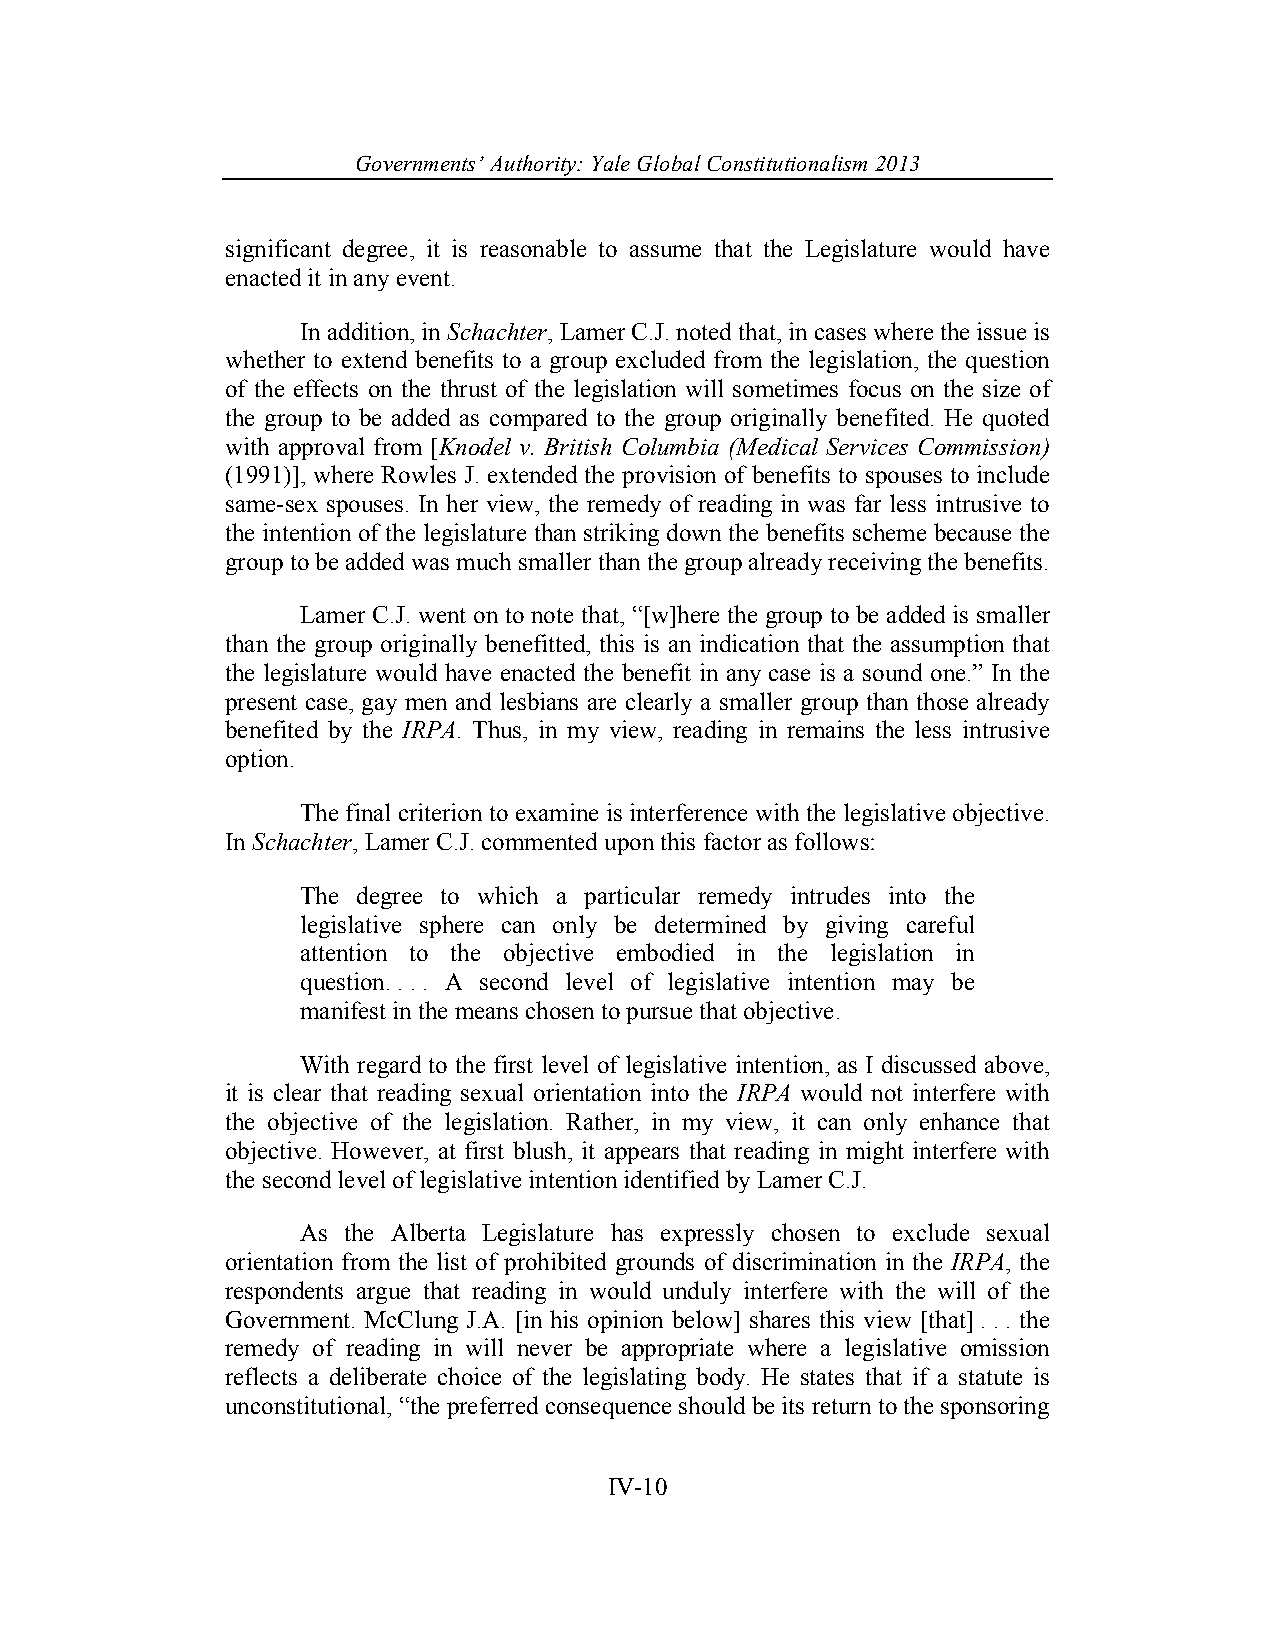
Governments’ Authority: Yale Global Constitutionalism 2013
 significant degree, it is reasonable to assume that the Legislature would have
 enacted it in any event.
 In addition, in Schachter, Lamer C.J. noted that, in cases where the issue is
 whether to extend benefits to a group excluded from the legislation, the question
 of the effects on the thrust of the legislation will sometimes focus on the size of
 the group to be added as compared to the group originally benefited. He quoted
 with approval from [Knodel v. British Columbia (Medical Services Commission)
 (1991)], where Rowles J. extended the provision of benefits to spouses to include
 same-sex spouses. In her view, the remedy of reading in was far less intrusive to
 the intention of the legislature than striking down the benefits scheme because the
 group to be added was much smaller than the group already receiving the benefits.
 Lamer C.J. went on to note that, “[w]here the group to be added is smaller
 than the group originally benefitted, this is an indication that the assumption that
 the legislature would have enacted the benefit in any case is a sound one.” In the
 present case, gay men and lesbians are clearly a smaller group than those already
 benefited by the IRPA. Thus, in my view, reading in remains the less intrusive
 option.
 The final criterion to examine is interference with the legislative objective.
 In Schachter, Lamer C.J. commented upon this factor as follows:
 The degree to which a particular remedy intrudes into the
 legislative sphere can only be determined by giving careful
 attention to the objective embodied in the legislation in
 question. . . . A second level of legislative intention may be
 manifest in the means chosen to pursue that objective.
 With regard to the first level of legislative intention, as I discussed above,
 it is clear that reading sexual orientation into the IRPA would not interfere with
 the objective of the legislation. Rather, in my view, it can only enhance that
 objective. However, at first blush, it appears that reading in might interfere with
 the second level of legislative intention identified by Lamer C.J.
 As the Alberta Legislature has expressly chosen to exclude sexual
 orientation from the list of prohibited grounds of discrimination in the IRPA, the
 respondents argue that reading in would unduly interfere with the will of the
 Government. McClung J.A. [in his opinion below] shares this view [that] . . . the
 remedy of reading in will never be appropriate where a legislative omission
 reflects a deliberate choice of the legislating body. He states that if a statute is
 unconstitutional, “the preferred consequence should be its return to the sponsoring
 IV-10